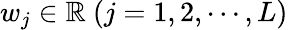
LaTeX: w_{j}\in\mathbb{R}\ (j=1,2,\cdots,L)